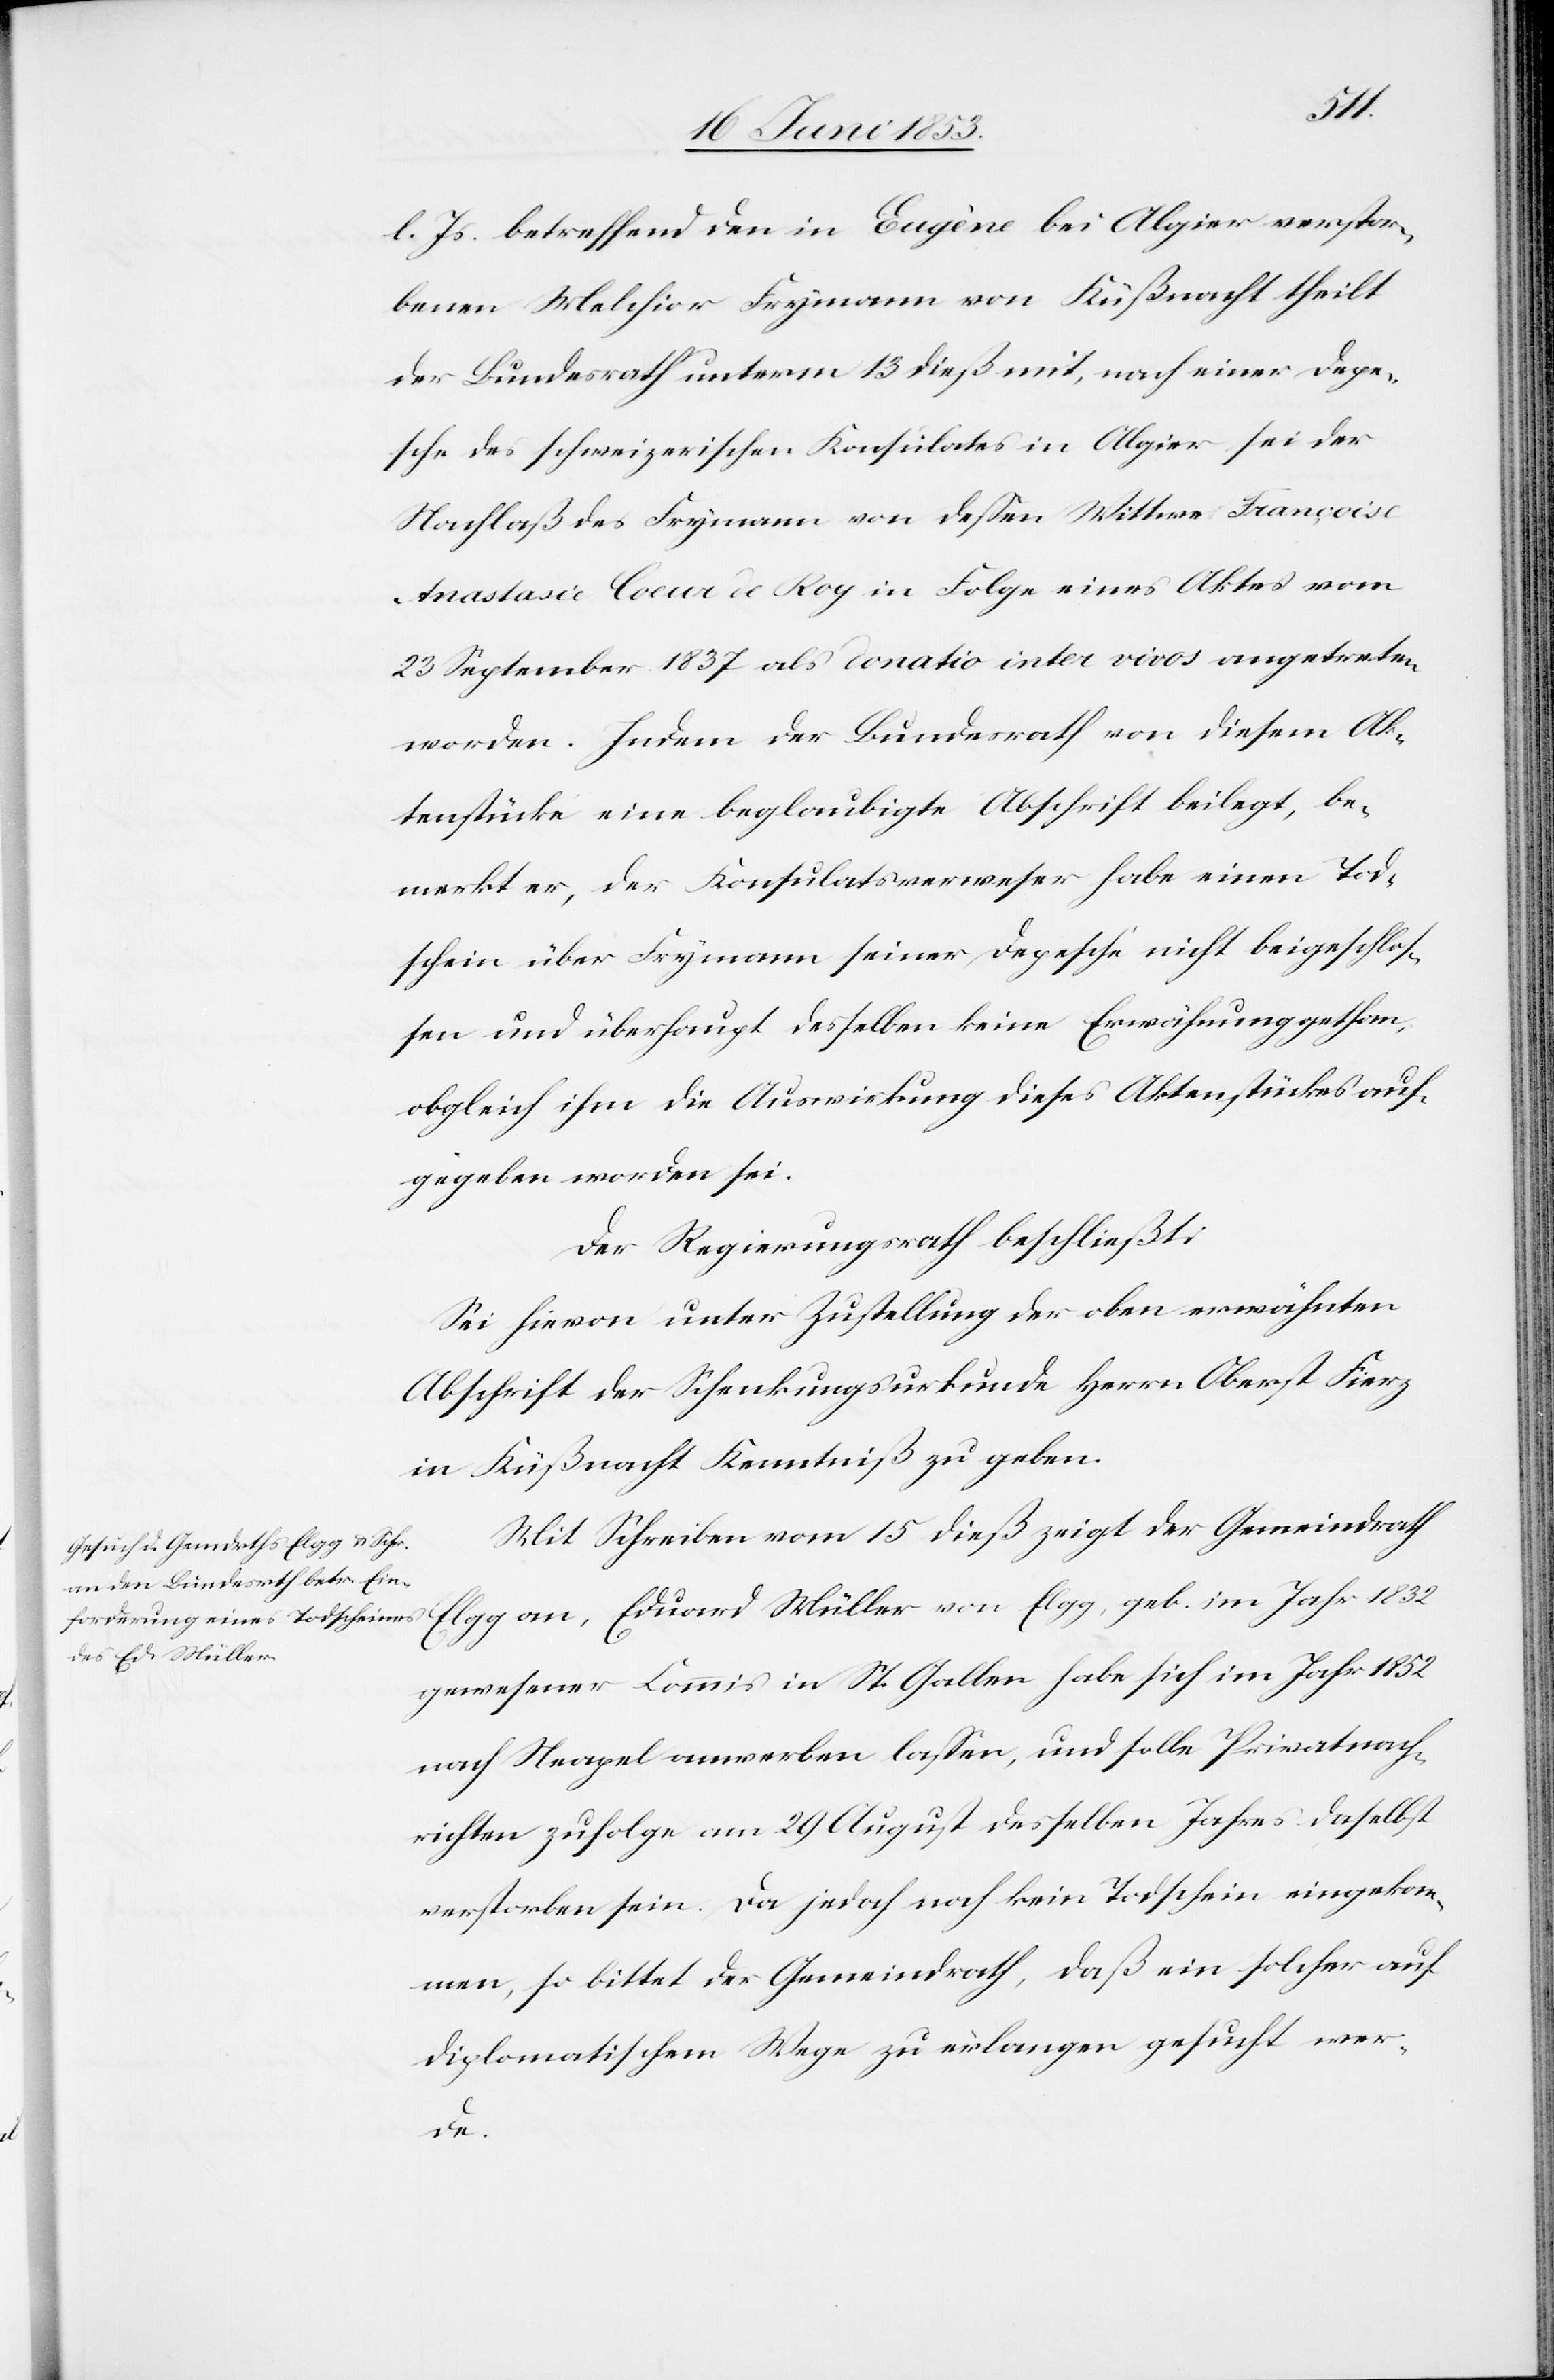
l. Js. betreffend den in Eugène bei Algier verstor¬
benen Melchior Frymann von Küßnacht theilt
der Bundesrath unterm 13 dieß mit, nach einer Depe¬
sche des schweizerischen Konsulates in Algier sei der
Nachlaß des Frymann von deßen Wittwe Françoise
Anastasie Coeur de Roy in Folge eines Aktes vom
23 September 1837 als donation inter vivos angetreten
worden. Indem der Bundesrath von diesem Ak¬
tenstücke eine beglaubigte Abschrift beilegt, be¬
merkt er, der Konsulatsverweser habe einen Tod¬
schein über Frymann seiner Depesche nicht beigeschloß¬
en und überhaupt desselben keine Erwähnung gethan,
obgleich ihm die Auswirkung dieses Aktenstückes auf¬
gegeben worden sei.
Der Regierungsrath beschließt:
Sei hievon unter Zustellung der oben erwähnten
Abschrift der Schenkungsurkunde Herrn Oberst Fierz
in Küßnacht Kenntniß zu geben.
Mit Schreiben vom 15 dieß zeigt der Gemeindrath
Elgg an, Eduard Müller von Elgg, geb. im Jahr 1832
gewesener Commis in St. Gallen habe sich im Jahr 1852
nach Neapel anwerben laßen, und solle Privatnach¬
richten zufolge am 29 August desselben Jahres daselbst
verstorben sein. Da jedoch noch kein Todschein eingekom¬
men, so bittet der Gemeindrath, daß ein solcher auf
diplomatischem Wege zu erlangen gesucht wer¬
de.